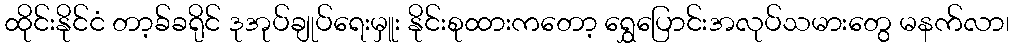
ထိုင်းနိုင်ငံ တာ့ခ်ခရိုင် ဒုအုပ်ချုပ်ရေးမှူး နိုင်းစုထားကတော့ ရွှေပြောင်းအလုပ်သမားတွေ မနက်လာ၊